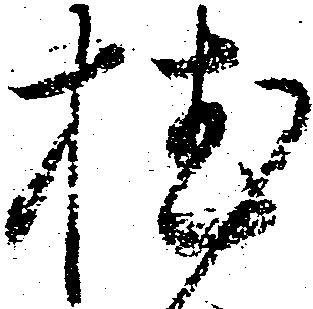
植